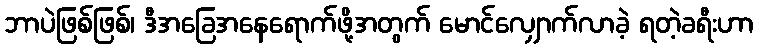
ဘာပဲဖြစ်ဖြစ်၊ ဒီအခြေအနေရောက်ဖို့အတွက် မောင်လျှောက်လာခဲ့ ရတဲ့ခရီးဟာ